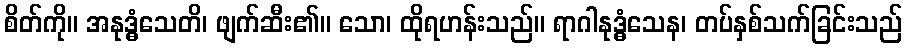
စိတ်ကို။ အနုဒ္ဓံသေတိ၊ ဖျက်ဆီး၏။ သော၊ ထိုရဟန်းသည်။ ရာဂါနုဒ္ဓံသေန၊ တပ်နှစ်သက်ခြင်းသည်